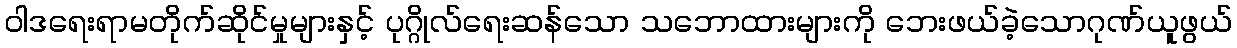
ဝါဒရေးရာမတိုက်ဆိုင်မှုများနှင့် ပုဂ္ဂိုလ်ရေးဆန်သော သဘောထားများကို ဘေးဖယ်ခဲ့သောဂုဏ်ယူဖွယ်